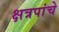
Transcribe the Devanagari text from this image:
क्षत्रपांचे